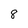
Character: 8